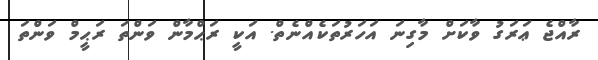
ރާއްޖެ ޢަރަގު ވާކަށް މާގިނަ އަހަރުތަކެއްނެތް. އަކީ ރަޙްމާން ވަންތަ ރަޙީމް ވަންތަ